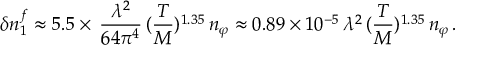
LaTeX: \delta n _ { 1 } ^ { f } \approx 5 . 5 \times \, \frac { \lambda ^ { 2 } } { 6 4 \pi ^ { 4 } } \, ( \frac { T } { M } ) ^ { 1 . 3 5 } \, n _ { \varphi } \approx 0 . 8 9 \times 1 0 ^ { - 5 } \, \lambda ^ { 2 } \, ( \frac { T } { M } ) ^ { 1 . 3 5 } \, n _ { \varphi } \, .